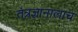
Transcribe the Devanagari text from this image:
तंत्रज्ञानालाच